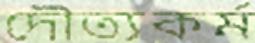
দৌত্যকর্ম